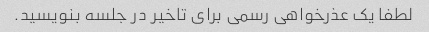
لطفا یک عذرخواهی رسمی برای تاخیر در جلسه بنویسید.